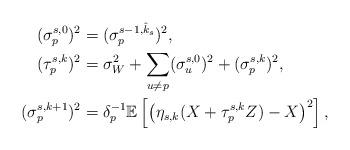
LaTeX: \begin{align*}(\sigma_p^{s,0})^2&=(\sigma_p^{s-1,\hat{k}_s})^2,\\(\tau_p^{s,k})^2 &=\sigma_W^2+\sum_{u\neq p} (\sigma_u^{s,0})^2 + (\sigma_p^{s,k})^2,\\(\sigma_p^{s,k+1})^2 &=\delta_p^{-1}\mathbb{E}\left[\left(\eta_{s,k}(X+\tau_p^{s,k}Z)-X\right)^2 \right],\end{align*}